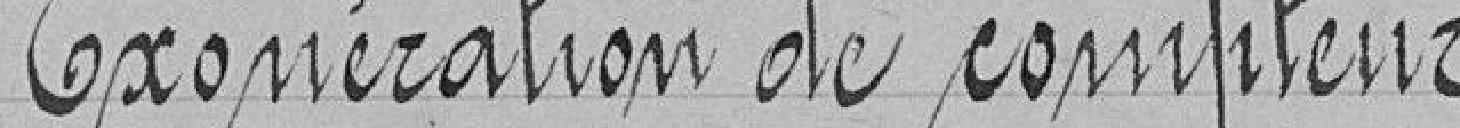
Exonération de compteur